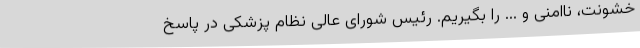
خشونت، ناامنی و ... را بگیریم. رئیس شورای عالی نظام پزشکی در پاسخ